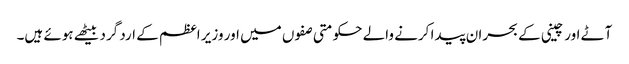
آٹے اور چینی کے بحران پیدا کرنے والے حکومتی صفوں میں اور وزیر اعظم کے ارد گرد بیٹھے ہوئے ہیں۔